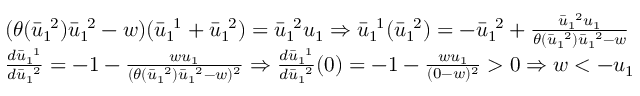
\begin{array} { r l } & { ( \theta ( \bar { u } _ { 1 \ } ^ { \ 2 } ) \bar { u } _ { 1 \ } ^ { \ 2 } - w ) ( \bar { u } _ { 1 \ } ^ { \ 1 } + \bar { u } _ { 1 \ } ^ { \ 2 } ) = \bar { u } _ { 1 \ } ^ { \ 2 } u _ { 1 } \Rightarrow \bar { u } _ { 1 \ } ^ { \ 1 } ( \bar { u } _ { 1 \ } ^ { \ 2 } ) = - \bar { u } _ { 1 \ } ^ { \ 2 } + \frac { \bar { u } _ { 1 \ } ^ { \ 2 } u _ { 1 } } { \theta ( \bar { u } _ { 1 \ } ^ { \ 2 } ) \bar { u } _ { 1 \ } ^ { \ 2 } - w } } \\ & { \frac { d \bar { u } _ { 1 \ } ^ { \ 1 } } { d \bar { u } _ { 1 \ } ^ { \ 2 } } = - 1 - \frac { w u _ { 1 } } { ( \theta ( \bar { u } _ { 1 \ } ^ { \ 2 } ) \bar { u } _ { 1 \ } ^ { \ 2 } - w ) ^ { 2 } } \Rightarrow \frac { d \bar { u } _ { 1 \ } ^ { \ 1 } } { d \bar { u } _ { 1 \ } ^ { \ 2 } } ( 0 ) = - 1 - \frac { w u _ { 1 } } { ( 0 - w ) ^ { 2 } } > 0 \Rightarrow w < - u _ { 1 } } \end{array}